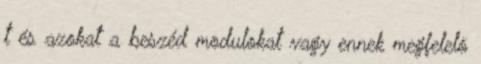
t és azokat a beszéd modulokat vagy ennek megfelelõ